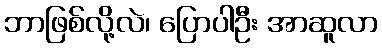
ဘာဖြစ်လို့လဲ၊ ပြောပါဦး အာဆူလာ